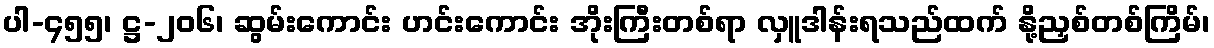
ပါ-၄၅၅၊ ဋ္ဌ-၂၀၆၊ ဆွမ်းကောင်း ဟင်းကောင်း အိုးကြီးတစ်ရာ လှူဒါန်းရသည်ထက် နို့ညှစ်တစ်ကြိမ်၊